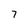
Character: 7